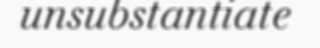
unsubstantiate